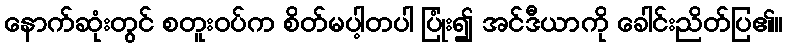
နောက်ဆုံးတွင် စတူးဝပ်က စိတ်မပါ့တပါ ပြုံး၍ အင်ဒီယာကို ခေါင်းညိတ်ပြ၏။